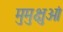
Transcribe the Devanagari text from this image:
मुमुक्षुओं